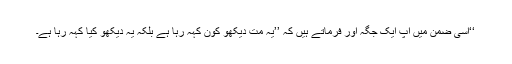
‘‘اسی ضمن میں آپ ایک جگہ اور فرماتے ہیں کہ ’’یہ مت دیکھو کون کہہ رہا ہے بلکہ یہ دیکھو کیا کہہ رہا ہے۔